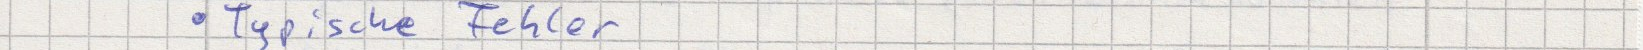
Typische Fehler